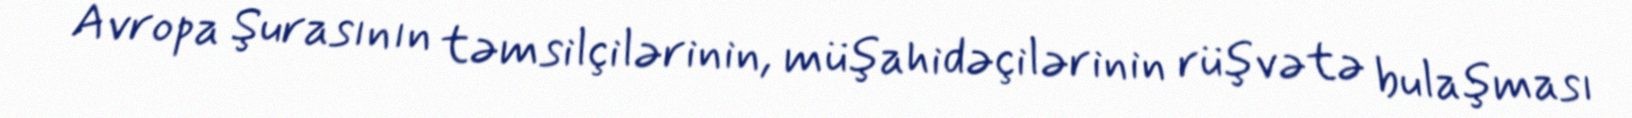
Avropa Şurasının təmsilçilərinin, müşahidəçilərinin rüşvətə bulaşması